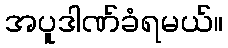
အပူဒါဏ်ခံရမယ်။